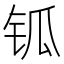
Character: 𨱃